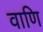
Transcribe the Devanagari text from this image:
वाणि